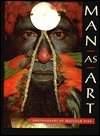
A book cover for Man As Art; Malcolm Kirk; Health, Fitness & Dieting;